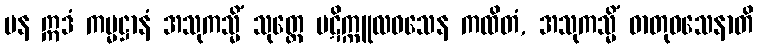
ပန ဣဒံ ကမ္မဋ္ဌာနံ အသုကသ္မိံ သုတ္တေ ပဋိက္ကူလဝသေန ကထိတံ, အသုကသ္မိံ ဓာတုဝသေနာတိ